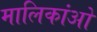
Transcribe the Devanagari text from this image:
मालिकांओ